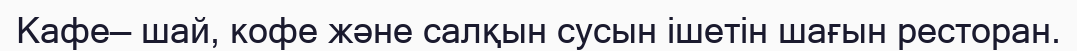
Кафе— шай, кофе және салқын сусын ішетін шағын ресторан.